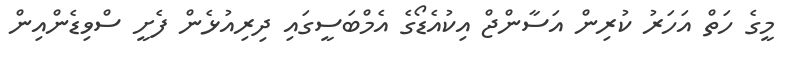
މީގެ ހަތް އަހަރު ކުރިން އަސާންޖް އިކުއެޑޯގެ އެމްބަސީގައި ދިރިއުޅެން ފެށީ ސްވިޑެންއިން